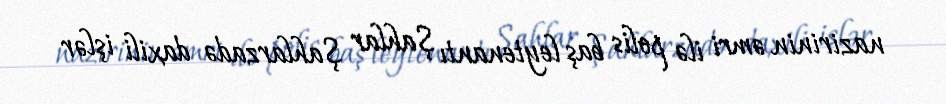
nazirinin əmri ilə polis baş leytenantı Şahlar Şahlarzadə daxili işlər